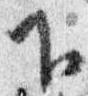
下